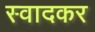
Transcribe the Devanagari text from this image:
स्वादकर